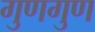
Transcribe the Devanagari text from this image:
गुणगुण